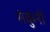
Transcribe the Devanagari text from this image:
संकुंनी